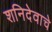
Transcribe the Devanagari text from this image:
शनिदेवाचे